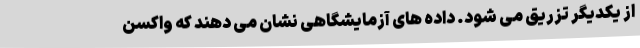
از یکدیگر تزریق می شود. داده های آزمایشگاهی نشان می دهند که واکسن